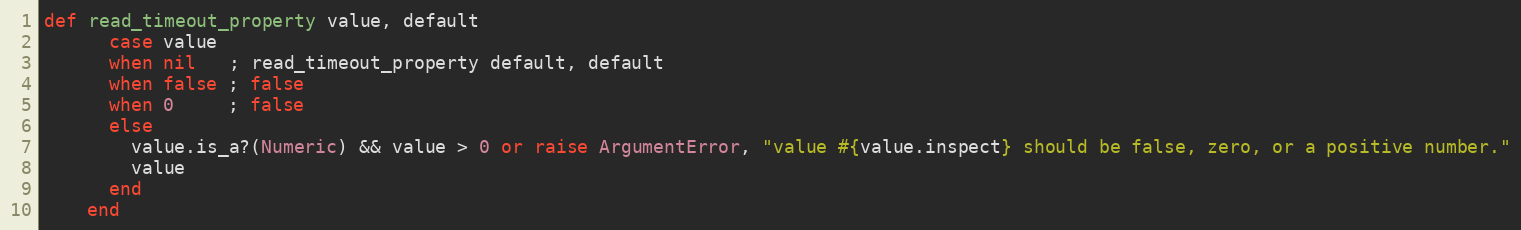
Language: Ruby
def read_timeout_property value, default
      case value
      when nil   ; read_timeout_property default, default
      when false ; false
      when 0     ; false
      else
        value.is_a?(Numeric) && value > 0 or raise ArgumentError, "value #{value.inspect} should be false, zero, or a positive number."
        value
      end
    end